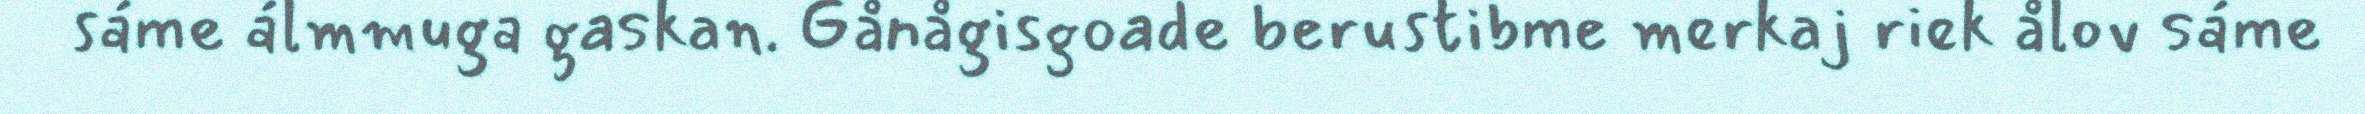
sáme álmmuga gaskan. Gånågisgoade berustibme merkaj riek ålov sáme